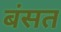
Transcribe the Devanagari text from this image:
बंसत